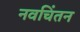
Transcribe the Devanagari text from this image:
नवचिंतन